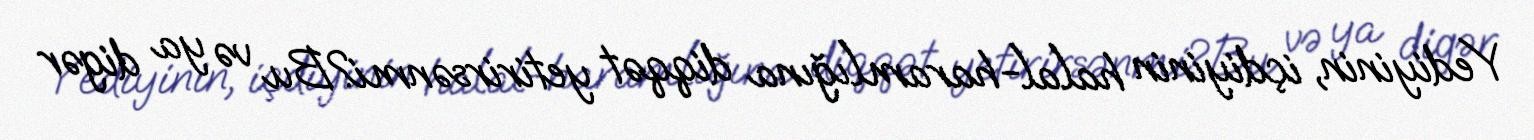
Yediyinin, içdiyinin halal-haramlığına diqqət yetirirsənmi?Bu və ya digər